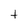
Character: t